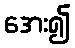
အေး၍